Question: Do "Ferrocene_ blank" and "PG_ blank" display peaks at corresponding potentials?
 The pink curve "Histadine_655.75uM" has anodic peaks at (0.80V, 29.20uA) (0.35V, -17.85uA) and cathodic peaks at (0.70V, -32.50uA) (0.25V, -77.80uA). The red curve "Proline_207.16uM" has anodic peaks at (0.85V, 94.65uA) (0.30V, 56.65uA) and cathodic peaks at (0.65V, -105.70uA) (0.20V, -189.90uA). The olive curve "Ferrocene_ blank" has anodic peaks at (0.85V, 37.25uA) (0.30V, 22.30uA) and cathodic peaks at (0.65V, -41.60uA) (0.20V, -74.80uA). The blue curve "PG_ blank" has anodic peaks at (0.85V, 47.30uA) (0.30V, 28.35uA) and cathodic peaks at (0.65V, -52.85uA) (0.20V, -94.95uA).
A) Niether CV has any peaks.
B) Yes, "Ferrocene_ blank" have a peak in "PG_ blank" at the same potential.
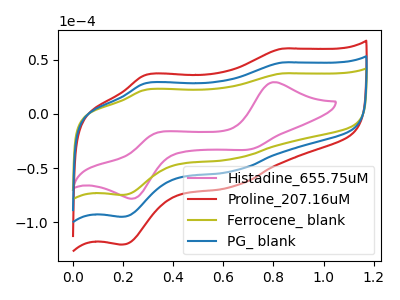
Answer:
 <answer>B) Yes, "Ferrocene_ blank" have a peak in "PG_ blank" at the same potential.</answer>
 <eval>B</eval>